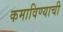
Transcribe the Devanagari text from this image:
कमाविण्याची